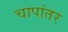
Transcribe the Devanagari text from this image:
चापांतर